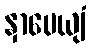
နှာပေယျံ